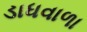
ડાધવાળા